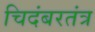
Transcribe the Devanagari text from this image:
चिदंबरतंत्र